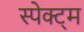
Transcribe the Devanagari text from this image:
स्पेक्ट्म